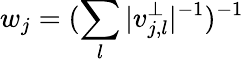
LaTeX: w_{j}=(\sum_{l}|v_{j,l}^{\perp}|^{-1})^{-1}